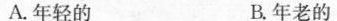
A.年轻的 B.年老的